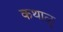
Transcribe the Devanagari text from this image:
कथाळु